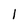
Character: l